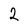
Character: 2